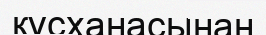
құсханасынан